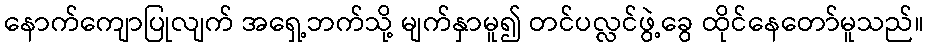
နောက်ကျောပြုလျက် အရှေ့ဘက်သို့ မျက်နှာမူ၍ တင်ပလ္လင်ဖွဲ့ခွေ ထိုင်နေတော်မူသည်။